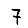
Digit: 7